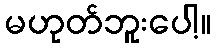
မဟုတ်ဘူးပေါ့။